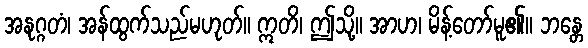
အနုဂ္ဂတံ၊ အန်ထွက်သည်မဟုတ်။ ဣတိ၊ ဤသို့။ အာဟ၊ မိန့်တော်မူ၏။ ဘန္တေ